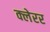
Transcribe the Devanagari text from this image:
क्लेरर